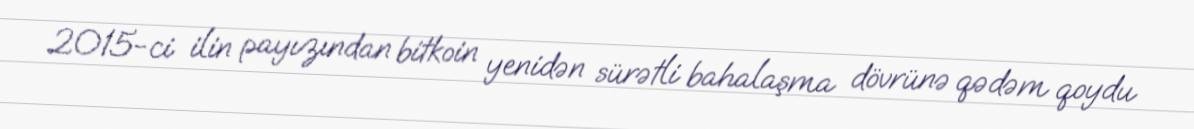
2015-ci ilin payızından bitkoin yenidən sürətli bahalaşma dövrünə qədəm qoydu